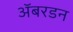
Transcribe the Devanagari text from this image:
ॲबरडन